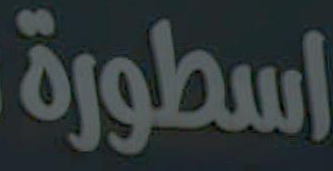
اسطورة